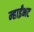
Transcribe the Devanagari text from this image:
म्हाईंभट